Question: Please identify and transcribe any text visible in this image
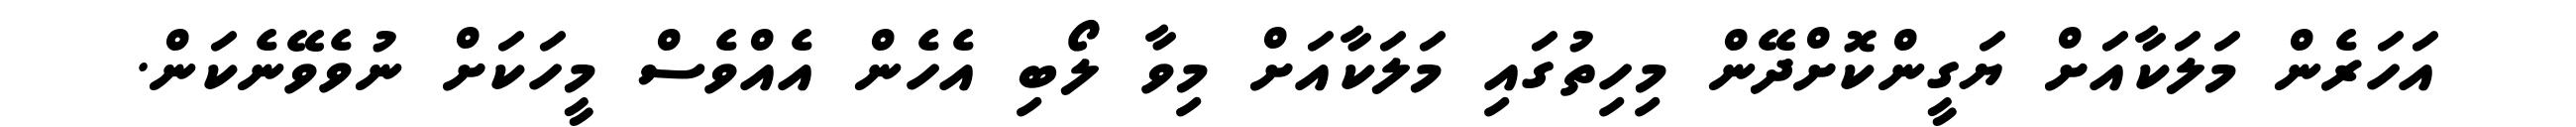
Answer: އަހަރެން މަލަކާއަށް ޔަގީންކޮށްދޭން މިހިތުގައި މަލަކާއަށް މިވާ ލޯބި އެހެން އެއްވެސް މީހަކަށް ނުވެވޭނެކަން.